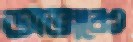
অভাবেও